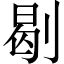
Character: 㓭